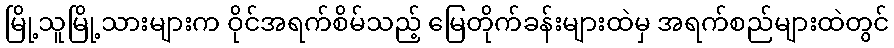
မြို့သူမြို့သားများက ဝိုင်အရက်စိမ်သည့် မြေတိုက်ခန်းများထဲမှ အရက်စည်များထဲတွင်